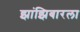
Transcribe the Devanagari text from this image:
झांझिबारला